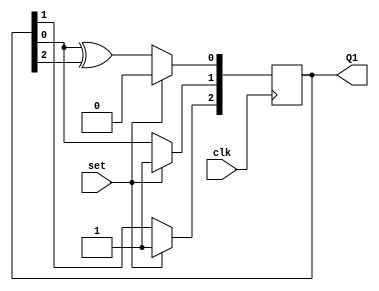
module prpg(clk, set ,Q1);
input clk, set;
output [2:0] Q1;
reg   [2:0] Q1; 


always@ (posedge clk)
begin
if(set) begin
  Q1 = 3'd6;  
end
else begin
Q1[0] <= Q1[0] ^ Q1[2];
Q1[1] <= Q1[0];
Q1[2] <= Q1[1];
end
end
endmodule